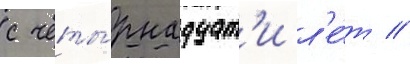
с четы́рнадцат'и л'е́т //